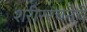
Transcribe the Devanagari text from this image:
शरीररचनेचे